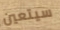
سيتعين